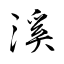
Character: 溪